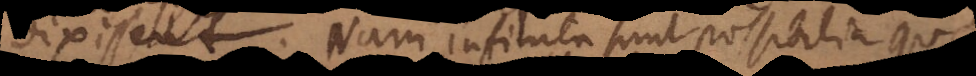
dixissent. Nam infinita sunt possibilia quae